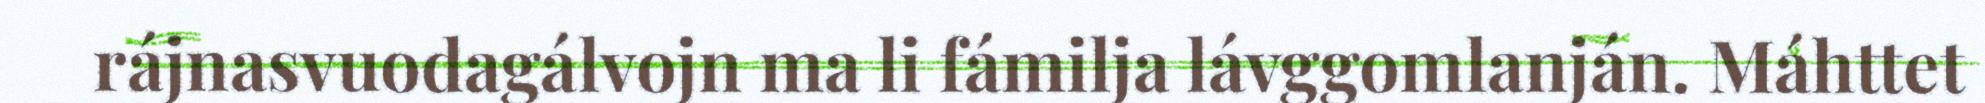
rájnasvuodagálvojn ma li fámilja lávggomlanján. Máhttet